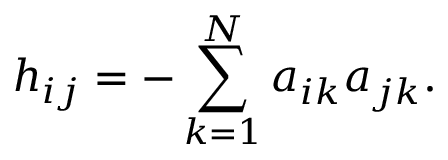
h _ { i j } = - \sum _ { k = 1 } ^ { N } a _ { i k } a _ { j k } .